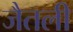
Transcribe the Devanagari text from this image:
जैतली